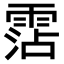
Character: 霑